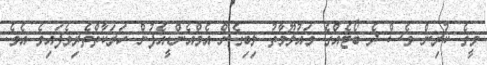
މީގެ ކުރިން ވެސް ދެ ބޯޓެއްގެ މައުލޫމާތު ލިބިގެން އެމްއެންޑީއެފުން ހަރަކާތްތެރިވެފައިވެ އެވެ.